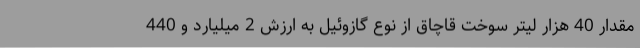
مقدار 40 هزار لیتر سوخت قاچاق از نوع گازوئیل به ارزش 2 میلیارد و 440